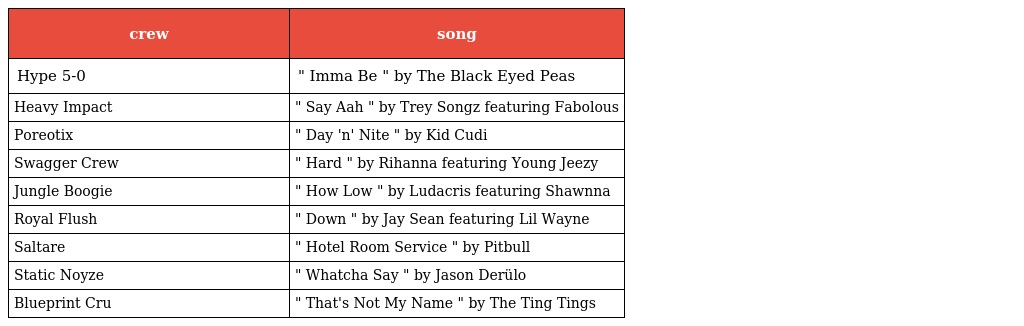
| crew | song |
 | --- | --- |
 | Hype 5-0 | " Imma Be " by The Black Eyed Peas |
 | Heavy Impact | " Say Aah " by Trey Songz featuring Fabolous |
 | Poreotix | " Day 'n' Nite " by Kid Cudi |
 | Swagger Crew | " Hard " by Rihanna featuring Young Jeezy |
 | Jungle Boogie | " How Low " by Ludacris featuring Shawnna |
 | Royal Flush | " Down " by Jay Sean featuring Lil Wayne |
 | Saltare | " Hotel Room Service " by Pitbull |
 | Static Noyze | " Whatcha Say " by Jason Derülo |
 | Blueprint Cru | " That's Not My Name " by The Ting Tings |